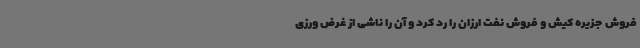
فروش جزیره کیش و فروش نفت ارزان را رد کرد و آن را ناشی از غرض ورزی